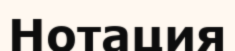
Нотация